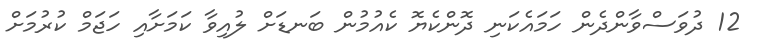
12 ދުވަސްވާންދެން ހަމައެކަނި ދޮންކެޔޮ ކެއުމުން ބަނޑަށް ލުއިވާ ކަމަށާއި ހަޖަމް ކުރުމަށް